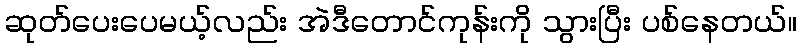
ဆုတ်ပေးပေမယ့်လည်း အဲဒီတောင်ကုန်းကို သွားပြီး ပစ်နေတယ်။